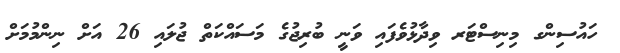
ހައުސިންގ މިނިސްޓަރ ވިދާޅުވެފައި ވަނީ ބުރިޖުގެ މަސައްކަތް ޖުލައި 26 އަށް ނިންމުމަށް